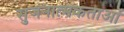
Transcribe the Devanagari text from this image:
सुजनात्मकताओं